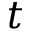
t